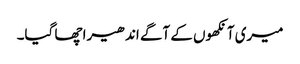
میری آنکھوں کے آگے اندھیرا چھا گیا۔